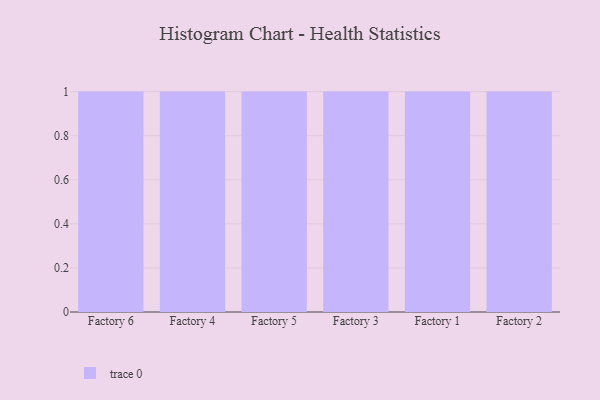
{"axis": {"x": "Factory", "y": "Gross Profit (USD K)"}, "legend": [""], "data": [{"x": "Factory 6", "y": 72, "type": ""}, {"x": "Factory 4", "y": 5, "type": ""}, {"x": "Factory 5", "y": 86, "type": ""}, {"x": "Factory 3", "y": 41, "type": ""}, {"x": "Factory 1", "y": 18, "type": ""}, {"x": "Factory 2", "y": 67, "type": ""}]}